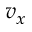
v _ { x }